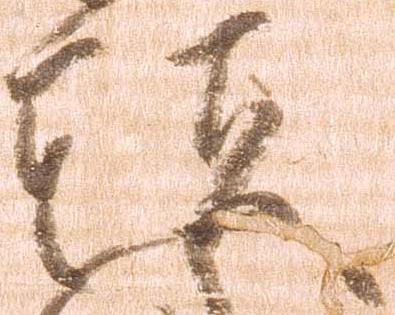
頭